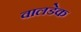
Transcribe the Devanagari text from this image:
वालडेक